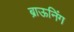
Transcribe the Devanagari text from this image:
ब्राऊनिंग